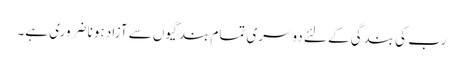
رب کی بندگی کے لئے دوسری تمام بندگیوں سے آزاد ہونا ضروری ہے۔